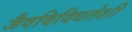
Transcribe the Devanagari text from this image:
जैवविविधतेशी